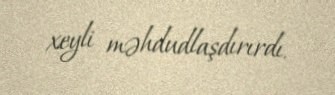
xeyli məhdudlaşdırırdı.